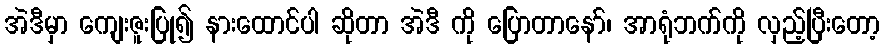
အဲဒီမှာ ကျေးဇူးပြု၍ နားထောင်ပါ ဆိုတာ အဲဒီ ကို ပြောတာနော်၊ အာရုံဘက်ကို လှည့်ပြီးတော့